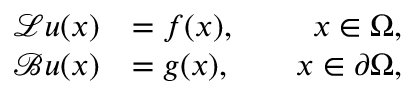
\begin{array} { r l r } { \mathcal { L } \boldsymbol { u } ( \boldsymbol { x } ) } & { = \boldsymbol { f } ( \boldsymbol { x } ) , } & { \quad \boldsymbol { x } \in \Omega , } \\ { \mathcal { B } \boldsymbol { u } ( \boldsymbol { x } ) } & { = \boldsymbol { g } ( \boldsymbol { x } ) , } & { \quad \boldsymbol { x } \in \partial \Omega , } \end{array}